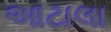
આટાલા